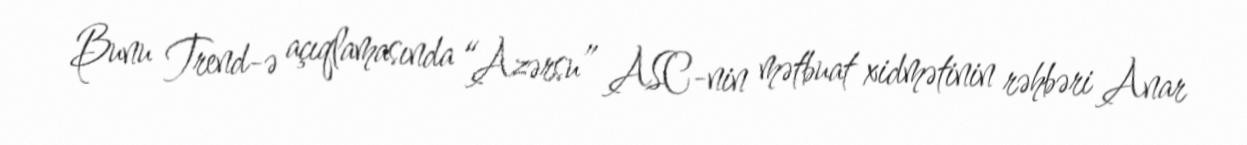
Bunu Trend-ə açıqlamasında “Azərsu” ASC-nin mətbuat xidmətinin rəhbəri Anar